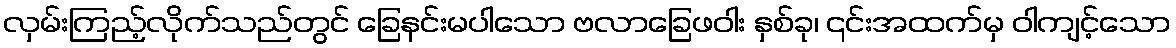
လှမ်းကြည့်လိုက်သည်တွင် ခြေနင်းမပါသော ဗလာခြေဖဝါး နှစ်ခု၊ ၎င်းအထက်မှ ဝါကျင့်သော